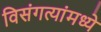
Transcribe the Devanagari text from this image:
विसंगत्यांमध्ये